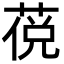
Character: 䓲